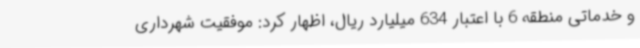
و خدماتی منطقه 6 با اعتبار 634 میلیارد ریال، اظهار کرد: موفقیت شهرداری